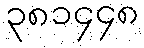
၃၈၁၄၄၈